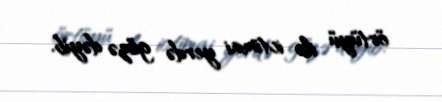
örtüyü ilə ictimai yerdə gözə dəyib.